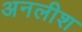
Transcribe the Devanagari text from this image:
अनलीश